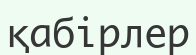
қабірлер